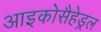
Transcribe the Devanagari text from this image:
आइकोसैहेड्रल